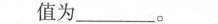
值为_____。